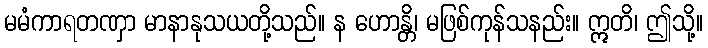
မမံကာရတဏှာ မာနာနုသယတို့သည်။ န ဟောန္တိ၊ မဖြစ်ကုန်သနည်း။ ဣတိ၊ ဤသို့။